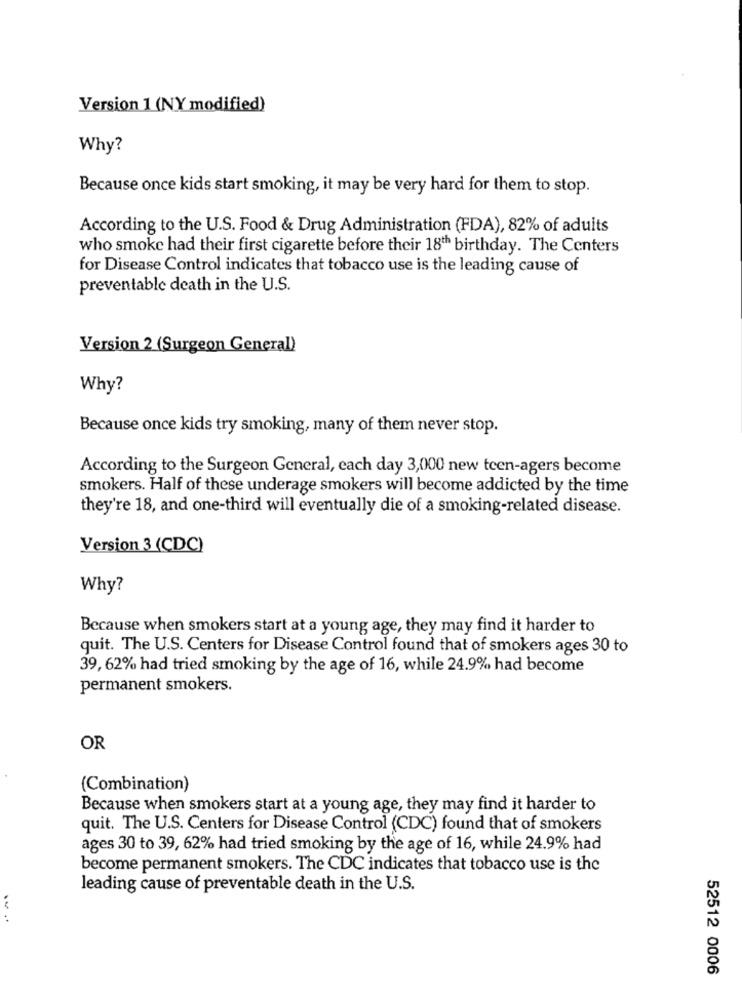
Version 1 (NY modified)
Why?
Because once kids start smoking, it may be very hard for them to stop.
According to the U.S. Food & Drug Administration (FDA), 82% of adults
who smoke had their first cigarette before their 18th birthday. The Centers
for Disease Control indicates that tobacco use is the leading cause of
preventable death in the U.S.
Version 2 (Surgeon General)
Why?
Because once kids try smoking, many of them never stop.
According to the Surgeon General, each day 3,000 new teen-agers become
smokers. Half of these underage smokers will become addicted by the time
they're 18, and one-third will eventually die of a smoking-related disease.
Version 3 (CDC)
Why?
Because when smokers start at a young age, they may find it harder to
quit. The U.S. Centers for Disease Control found that of smokers ages 30 to
39, 62% had tried smoking by the age of 16, while 24.9% had become
permanent smokers.
OR
(Combination)
Because when smokers start at a young age, they may find it harder to
quit. The U.S. Centers for Disease Control (CDC) found that of smokers
ages 30 to 39, 62% had tried smoking by the age of 16, while 24.9% had
become permanent smokers. The CDC indicates that tobacco use is the
leading cause of preventable death in the U.S.
52512 0006